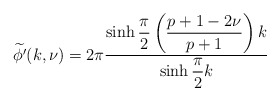
\begin{align*}\widetilde{\phi '}(k,\nu )=2\pi \displaystyle\frac{\sinh \displaystyle\frac{\pi }{2}\left( \displaystyle\frac{p+1-2\nu }{p+1}\right) k}{\sinh \displaystyle\frac{\pi }{2}k}\end{align*}